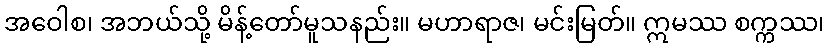
အဝေါစ၊ အဘယ်သို့ မိန့်တော်မူသနည်း။ မဟာရာဇ၊ မင်းမြတ်။ ဣမဿ စက္ကဿ၊